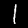
Label: 1